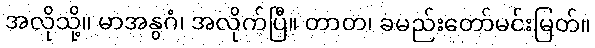
အလိုသို့။ မာအနွဂံ၊ အလိုက်ပြီ။ တာတ၊ ခမည်းတော်မင်းမြတ်။